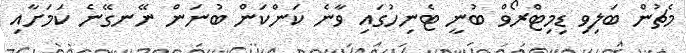
މެޗުން ބަލިވި ޑިމިޓްރޯވް ބުނީ ޓެނިހުގައި ވާނެ ކަންކަން ބުނަން ނޭނގޭނެ ކަމަށާއި